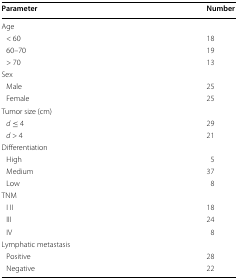
| Parameter | Number |
 | --- | --- |
 | <COLSPAN=2> Age |
 | < 60 | 18 |
 | 60–70 | 19 |
 | > 70 | 13 |
 | <COLSPAN=2> Sex |
 | Male | 25 |
 | Female | 25 |
 | <COLSPAN=2> Tumor size (cm) |
 | d ≤ 4 | 29 |
 | d > 4 | 21 |
 | <COLSPAN=2> Differentiation |
 | High | 5 |
 | Medium | 37 |
 | Low | 8 |
 | <COLSPAN=2> TNM |
 | I II | 18 |
 | III | 24 |
 | IV | 8 |
 | <COLSPAN=2> Lymphatic metastasis |
 | Positive | 28 |
 | Negative | 22 |